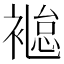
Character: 𧜐